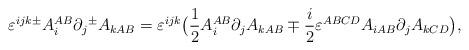
LaTeX: \begin{align*}\varepsilon^{ijk} {^{\pm}} A_i^{AB} \partial_j {^{\pm}} A_{kAB} =\varepsilon^{ijk} \big({\frac{1 }{2}} A_i^{AB} \partial_j A_{kAB} \mp {\frac{i }{2}} \varepsilon^{ABCD} A_{iAB} \partial_j A_{kCD} \big), \end{align*}